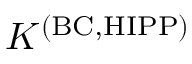
K ^ { \mathrm { ( B C , H I P P ) } }